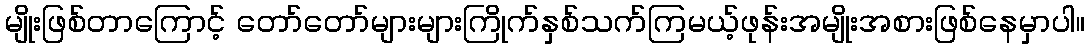
မျိုးဖြစ်တာကြောင့် တော်တော်များများကြိုက်နှစ်သက်ကြမယ့်ဖုန်းအမျိုးအစားဖြစ်နေမှာပါ။